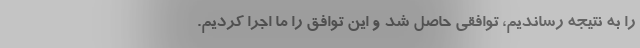
را به نتیجه رساندیم، توافقی حاصل شد و این توافق را ما اجرا کردیم.